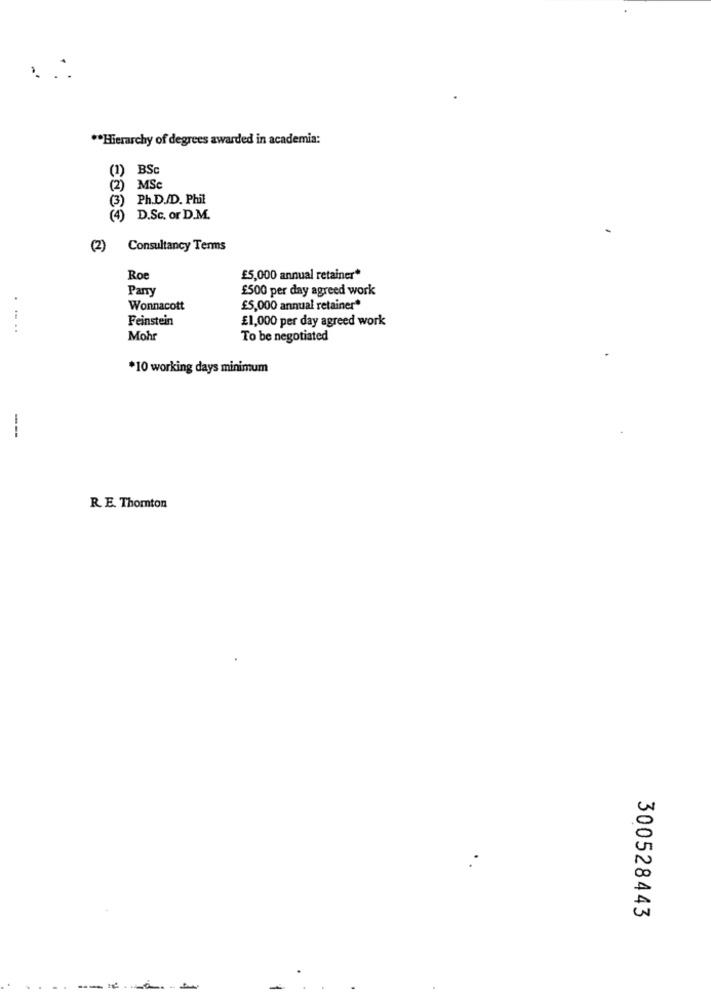
** Hierarchy of degrees awarded in academia:
(1) BSc
(2)
MSC
Ph.D./D. Phil
(4) D.Sc. or D.M.
(2)
Consultancy Terms
Roe
£5,000 annual retainer*
Parry
£500 per day agreed work
Wonnacott
£5,000 annual retainer*
Feinstein
£1,000 per day agreed work
....
Mohr
To be negotiated
*10 working days minimum
R. E. Thomton
300528443